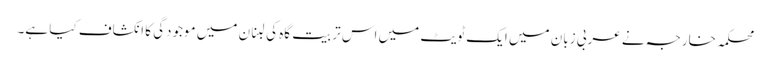
محکمہ خارجہ نے عربی زبان میں ایک ٹویٹ میں اس تربیت گاہ کی لبنان میں موجودگی کا انکشاف کیا ہے۔